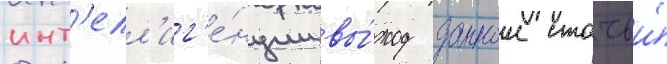
инт'елл'иг'е́нции вы́ход даннои статьи́